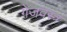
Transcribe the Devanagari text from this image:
गेजवस्त्र